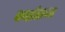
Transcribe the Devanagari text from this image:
काईसन